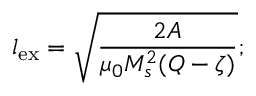
l _ { \mathrm { e x } } = \sqrt { \frac { 2 A } { \mu _ { 0 } M _ { s } ^ { 2 } ( Q - \zeta ) } } ;